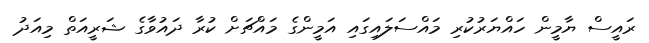
ރައީސް ޔާމީން ހައްޔަރުކުރި މައްސަލައިގައި އަމީންގެ މައްޗަށް ކުރާ ދައުވާގެ ޝަރީއަތް މިއަދު